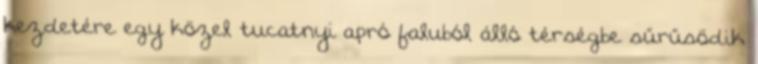
kezdetére egy közel tucatnyi apró faluból álló térségbe sűrűsödik